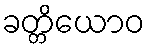
ခတ္တိယောဝ